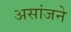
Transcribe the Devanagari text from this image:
असांजने